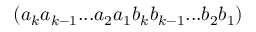
( { a _ { k } } { a _ { k - 1 } } . . . { a _ { 2 } } { a _ { 1 } } { b _ { k } } { b _ { k - 1 } } . . . { b _ { 2 } } { b _ { 1 } } )